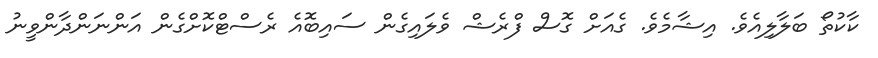
ކާކުތޯ ބަލާލިއެވެ. އިޝާމެވެ. ގެއަށް ގޮސް ފްރެޝް ވެލައިގެން ސައިބޮއެ ރެސްޓްކޮށްގެން އަންނަންދާންވީނު